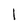
Character: l